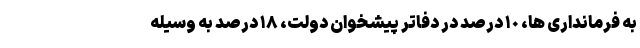
به فرمانداری ها، ١٠ درصد در دفاتر پیشخوان دولت، ١٨ درصد به وسیله